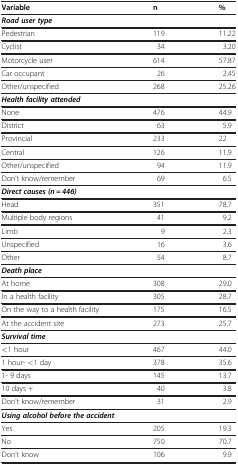
<table><thead><tr><td><b>Variable</b></td><td><b>n</b></td><td><b>%</b></td></tr></thead><tbody><tr><td colspan="3"><b><i>Road user type</i></b></td></tr><tr><td>Pedestrian</td><td>119</td><td>11.22</td></tr><tr><td>Cyclist</td><td>34</td><td>3.20</td></tr><tr><td>Motorcycle user</td><td>614</td><td>57.87</td></tr><tr><td>Car occupant</td><td>26</td><td>2.45</td></tr><tr><td>Other/unspecified</td><td>268</td><td>25.26</td></tr><tr><td colspan="3"><b><i>Health facility attended</i></b></td></tr><tr><td>None</td><td>476</td><td>44.9</td></tr><tr><td>District</td><td>63</td><td>5.9</td></tr><tr><td>Provincial</td><td>233</td><td>22</td></tr><tr><td>Central</td><td>126</td><td>11.9</td></tr><tr><td>Other/unspecified</td><td>94</td><td>11.9</td></tr><tr><td>Don&#x27;t know/remember</td><td>69</td><td>6.5</td></tr><tr><td colspan="3"><b><i>Direct causes (n = 446)</i></b></td></tr><tr><td>Head</td><td>351</td><td>78.7</td></tr><tr><td>Multiple body regions</td><td>41</td><td>9.2</td></tr><tr><td>Limb</td><td>9</td><td>2.3</td></tr><tr><td>Unspecified</td><td>16</td><td>3.6</td></tr><tr><td>Other</td><td>54</td><td>8.7</td></tr><tr><td colspan="3"><b><i>Death place</i></b></td></tr><tr><td>At home</td><td>308</td><td>29.0</td></tr><tr><td>In a health facility</td><td>305</td><td>28.7</td></tr><tr><td>On the way to a health facility</td><td>175</td><td>16.5</td></tr><tr><td>At the accident site</td><td>273</td><td>25.7</td></tr><tr><td colspan="3"><b><i>Survival time</i></b></td></tr><tr><td>&lt;1 hour</td><td>467</td><td>44.0</td></tr><tr><td>1 hour- &lt;1 day</td><td>378</td><td>35.6</td></tr><tr><td>1- 9 days</td><td>145</td><td>13.7</td></tr><tr><td>10 days +</td><td>40</td><td>3.8</td></tr><tr><td>Don&#x27;t know/remember</td><td>31</td><td>2.9</td></tr><tr><td colspan="3"><b><i>Using alcohol before the accident</i></b></td></tr><tr><td>Yes</td><td>205</td><td>19.3</td></tr><tr><td>No</td><td>750</td><td>70.7</td></tr><tr><td>Don’t know</td><td>106</td><td>9.9</td></tr></tbody></table>